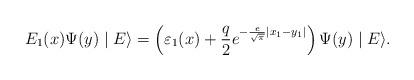
LaTeX: \begin{align*}E_1 (x)\Psi (y)\mid E\rangle = \left( {\varepsilon _1 (x) +\frac{q}{2}e^{ - \frac{e}{{\sqrt \pi }}|x_1 - y_1 |} }\right)\Psi (y)\mid E\rangle . \end{align*}